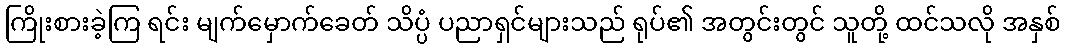
ကြိုးစားခဲ့ကြ ရင်း မျက်မှောက်ခေတ် သိပ္ပံ ပညာရှင်များသည် ရုပ်၏ အတွင်းတွင် သူတို့ ထင်သလို အနှစ်